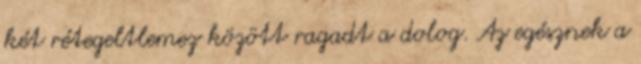
két rétegeltlemez között ragadt a dolog. Az egésznek a